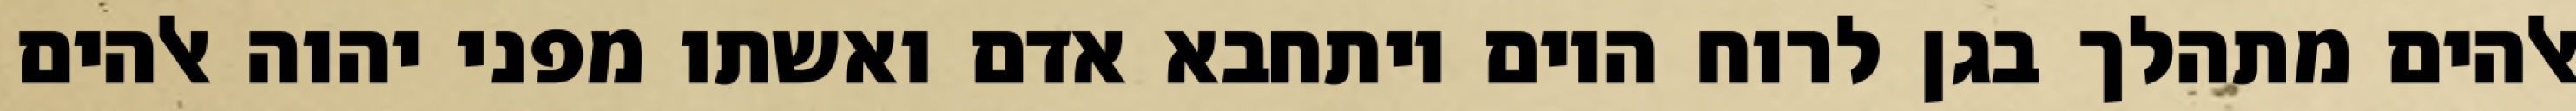
אלהים מתהלך בגן לרוח היום ויתחבא אדם ואשתו מפני יהוה אלהים